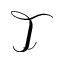
\mathcal { T }